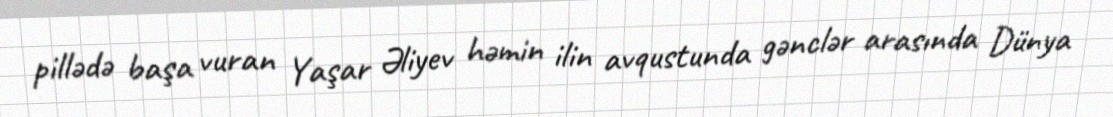
pillədə başa vuran Yaşar Əliyev həmin ilin avqustunda gənclər arasında Dünya